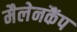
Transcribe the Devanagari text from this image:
मैलेनकैंप